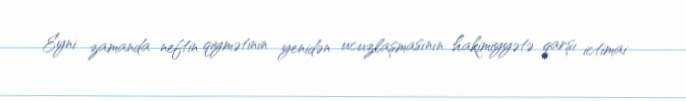
Eyni zamanda neftin qiymətinin yenidən ucuzlaşmasının hakimiyyətə qarşı ictimai